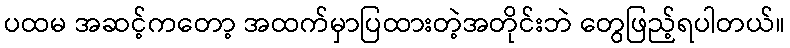
ပထမ အဆင့်ကတော့ အထက်မှာပြထားတဲ့အတိုင်းဘဲ တွေဖြည့်ရပါတယ်။